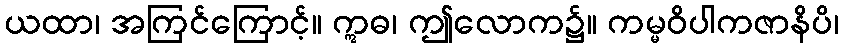
ယထာ၊ အကြင်ကြောင့်။ ဣဓ၊ ဤလောက၌။ ကမ္မဝိပါကဇာနိပိ၊